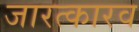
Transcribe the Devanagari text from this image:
जारत्कारव